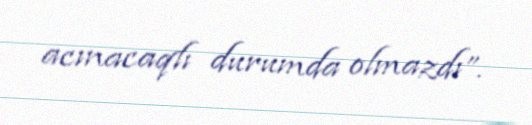
acınacaqlı durumda olmazdı”.